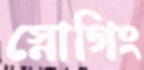
স্নোগিং